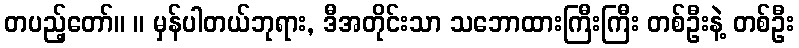
တပည့်တော်။ ။ မှန်ပါတယ်ဘုရား, ဒီအတိုင်းသာ သဘောထားကြီးကြီး တစ်ဦးနဲ့ တစ်ဦး